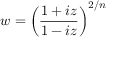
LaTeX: w = \left( \frac { 1 + i z } { 1 - i z } \right) ^ { 2 / n }